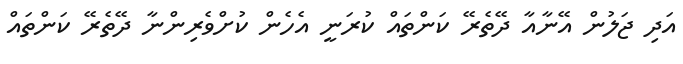
އަދި ޖަލުން އޭނާއާ ދޭތެރޭ ކަންތައް ކުރަނީ އެހެން ކުށްވެރިންނާ ދޭތެރޭ ކަންތައް